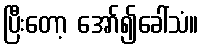
ပြီးတော့ အော်၍ခေါ်သံ။